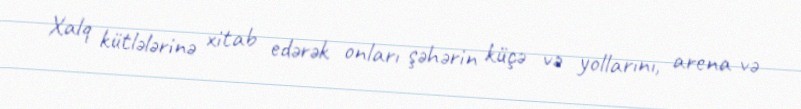
Xalq kütlələrinə xitab edərək onları şəhərin küçə və yollarını, arena və